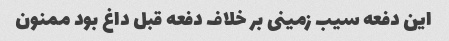
این دفعه سیب زمینی بر خلاف دفعه قبل داغ بود ممنون